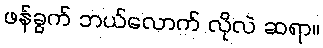
ဖန်ခွက် ဘယ်လောက် လိုလဲ ဆရာ။